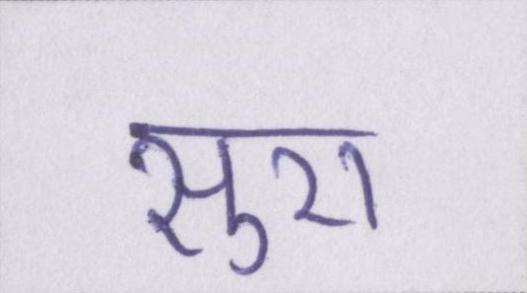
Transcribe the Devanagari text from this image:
सुरा